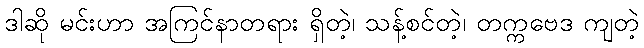
ဒါဆို မင်းဟာ အကြင်နာတရား ရှိတဲ့၊ သန့်စင်တဲ့၊ တက္ကဗေဒ ကျတဲ့